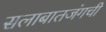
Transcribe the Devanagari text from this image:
सलाबातजंगची